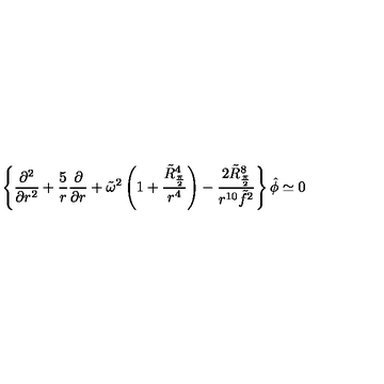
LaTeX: \left\{ { \frac { \partial ^ { 2 } } { \partial r ^ { 2 } } } + { \frac { 5 } { r } } { \frac { \partial } { \partial r } } + \tilde { \omega } ^ { 2 } \left( 1 + { \frac { \tilde { R } _ { \frac { \pi } { 2 } } ^ { 4 } } { r ^ { 4 } } } \right) - { \frac { 2 \tilde { R } _ { \frac { \pi } { 2 } } ^ { 8 } } { r ^ { 1 0 } \tilde { f } ^ { 2 } } } \right\} \hat { \phi } \simeq 0